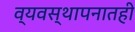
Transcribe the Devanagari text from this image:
व्यवस्थापनातही